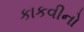
કાકવીનો